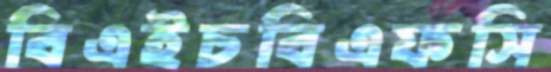
বিএইচবিএফসি